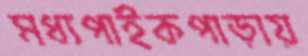
মধ্যপাইকপাড়ায়